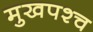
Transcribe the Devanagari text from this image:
मुखपश्च